Medical and sanitary report of the native army of Madras for the year
Year: 1876
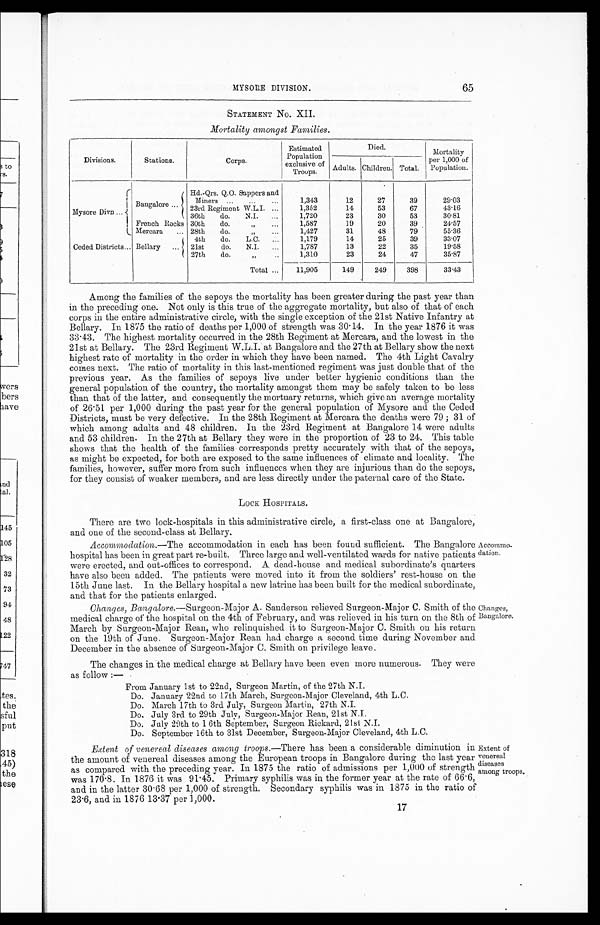
65
MYSORE DIVISION.
STATEMENT NO. XII.
Mortality amongst Families.
Divisions.
Stations.
Corps.
Estimated
Population
exclusive of
Troops.
Died.
Mortalit
per 1,000 of
Population.
Adults. Children. Total.
I
Mysore Divn ...
Bangalore ..,
Hd.-Qrs. Q.O. Suppers and
Miners ...
...
...
1,343
12
27
39
29.03
2 3rd Regiment W.L.I. ...
1,352
14
53
67
4 3 . 1 6
36th
do.
N.I.
1,720
23
30
53
30.81
French Rocks
Mercara
...
30th
do.,.. „
...
19
20
39
2P57
28th
do.
1,427
31
48
79
55.36
Ceded Districts... Bellary
...
4th
do.
L.C.
...
1,179
14
25
39
33.07
21st
do.
N.I.
...
1,787
13
22
35
19.58
27th
do.
1,310
23
24
47
35.87
Total ...
11,905
149
249
398
33.43
Among the families of the sepoys the mortality has been greater during the past year than
in the preceding one. Not only is this true of the aggregate mortality, but also of that of each
corps in the entire administrative circle, with the single exception of the 21st Native Infantry at
Bellary. In 1875 the ratio of deaths per 1,000 of strength was 30 . 14. In the year 1876 it was
33 . 43. The highest mortality occurred in the 28th Regiment at Mercara, and the lowest in the
21st at Bellary. The 23rd Regiment at Bangalore and the 27th at Bellary show the next
highest rate of mortality in the order in which they have been named. The 4th Light Cavalry
comes next. The ratio of mortality in this last-mentioned regiment was just double that of the
previous year. As the families of sepoys live under better hygienic conditions than the
general population of the country, the mortality amongst them may be safely taken to be less
than that of the latter, and consequently the mortuary returns, which give an average mortality
of 26 . 51 per 1,000 during the past year for the general population of Mysore and the Ceded
Districts, must be very defective. In the 28th Regiment at Mercara the deaths were 79 ; 31 of
which among adults and 48 children. In the 23rd Regiment at Bangalore 14 were adults
and 53 children. In the 27th at Bellary they were in the proportion of 23 to 24. This table
shows that the health of the families corresponds pretty accurately with that of the sepoys,
as might be expected, for both are exposed to the same influences of climate and locality. The
families, however, suffer more from such influences when they are injurious than do the sepoys,
for they consist of weaker members, and are less directly under the paternal care of the State.
LOCK HOSPITALS.
There are two lock-hospitals in this administrative circle, a first-class one at Bangalore,
and one of the second-class at Bellary.
Accommodation.—The accommodation in each has been found sufficient. The Bangalore
hospital has been in great part re-built. Three large and well-ventilated wards for native patients
were erected, and out-offices to correspond. A Lad-house and medical subordinate's quarters
have also been added. The patients were moved into it from the soldiers' rest-house on the
15th June last. In the Bellary hospital a new latrine has been built for the medical subordinate,
and that for the patients enlarged.
Changes, Bangalore.—Surgeon-Major A. Sanderson relieved Surgeon-Major C. Smith of the
medical charge of the hospital on the 4th of February, and was relieved in his turn on the 8th of
March by Surgeon-Major Rean, who relinquished it to Surgeon-Major C. Smith on his return
on the 19th of June. Sureon-Major Rean had charge a second time during November and
December in the absence of Surgeon-MajorC. Smith on privilege leave.
The changes in the medical charge at Bellary have been even more numerous. They were
as follow :-
From January 1st to 22nd, Surgeon Martin, of the 27th N.I.
Do. January 22nd to 17th March, Surgeon-Major Cleveland, 4th L.C.
Do. March 17th to 3rd July, Surgeon Martin, 27th N.I.
Do. July 3rd to 29th July, Surgeon-Major Ream, 21st N.J.
Do. July 29th to 1 6th September, Surgeon Rickard, 21st N.J.
Do. September 16th to 31st December, Surgeon-Major Cleveland, 4th L.C.
Extent of venereal diseases among troops.—There has been a considerable diminution in
the amount of venereal diseases among the European troops in Bangalore during the last year
as compared with the preceding year. In 1875 the ratio of admissions per 1,000 of strength
was 170 . 8. In 1876 it was 91 . 45. Primary syphilis was in the former year at the rate of 66.6,
and in the latter 30 . 68 per 1,000 of strength. Secondary syphilis was in 1875 in the ratio of
23 . 6, and in 1876 13.37 per 1,000.
Accommo-
dation.
Changes,
Bangalore.
Extent of
venereal
diseases
among troops..
17